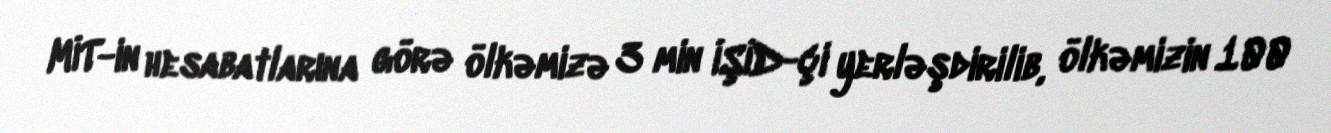
MİT-in hesabatlarına görə ölkəmizə 3 min İŞİD-çi yerləşdirilib, ölkəmizin 100